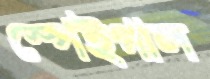
স্পেইগাল